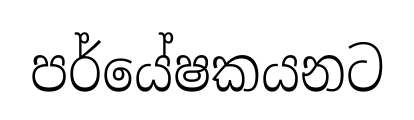
පර්යේෂකයනට